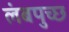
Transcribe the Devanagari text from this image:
लंबपुच्छ